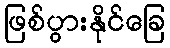
ဖြစ်ပွားနိုင်ခြေ